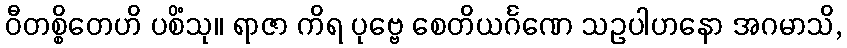
ဝီတစ္စိတေဟိ ပစိံသု။ ရာဇာ ကိရ ပုဗ္ဗေ စေတိယင်္ဂဏေ သဥပါဟနော အဂမာသိ,